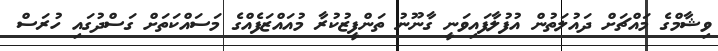
ވިޝާމްގެ މައްޗަށް ދައުލަތުން އުފުލާފައިވަނީ ގާނޫނު ތަންފީޒުކުރާ މުއައްޒަފެއްގެ މަސައްކަތަށް ގަސްދުގައި ހުރަސް